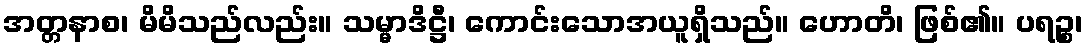
အတ္တနာစ၊ မိမိသည်လည်း။ သမ္မာဒိဋ္ဌီ၊ ကောင်းသောအယူရှိသည်။ ဟောတိ၊ ဖြစ်၏။ ပရဉ္စ၊